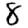
Digit: 8